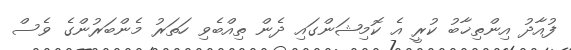
ފުއާދު އިންތިޚާބު ކުރީ އެ ކޮމިޝަންގައި ދެން ތިއްބެވި ހަތަރު މެންބަރުންގެ ވެސް